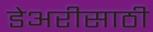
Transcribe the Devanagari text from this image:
डेअरीसाठी